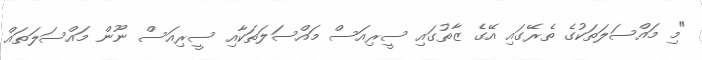
"މި މައްސަލަތަކުގެ ތެރޭގައި އޭގެ ޒާތުގައި ސީރިއަސް މައްސަލަތަކާއި ސީރިއަސް ނޫން މައްސަލަތައް